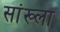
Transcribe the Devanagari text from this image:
सांख्ला